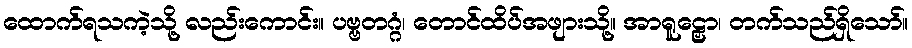
ထောက်ရသကဲ့သို့ လည်းကောင်း။ ပဗ္ဗတဂ္ဂံ၊ တောင်ထိပ်အဖျားသို့။ အာရူဠှော၊ တက်သည်ရှိသော်။